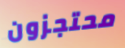
محتجزون